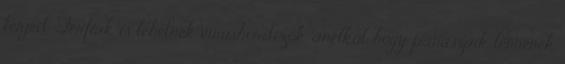
terjed. Férfiak is lehetnek vírushordozók, anélkül, hogy panaszaik lennének